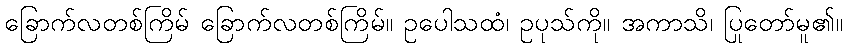
ခြောက်လတစ်ကြိမ် ခြောက်လတစ်ကြိမ်။ ဥပေါသထံ၊ ဥပုသ်ကို။ အကာသိ၊ ပြုတော်မူ၏။